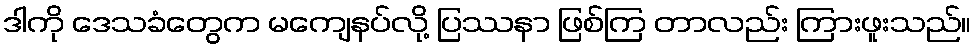
ဒါကို ဒေသခံတွေက မကျေနပ်လို့ ပြဿနာ ဖြစ်ကြ တာလည်း ကြားဖူးသည်။